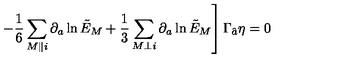
\qquad \qquad \qquad \left. - { \frac { 1 } { 6 } } \sum _ { M \parallel i } \partial _ { a } \ln \tilde { E } _ { M } + { \frac { 1 } { 3 } } \sum _ { M \perp i } \partial _ { a } \ln \tilde { E } _ { M } \right] \Gamma _ { \hat { a } } \eta = 0